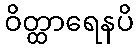
ဝိတ္ထာရေနပိ